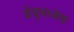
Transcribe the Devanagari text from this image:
ईयूमध्येच